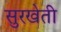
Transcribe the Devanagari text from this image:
सुरखेती